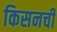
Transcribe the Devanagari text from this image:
किसनची